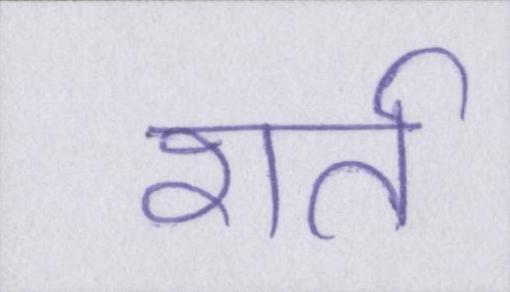
शर्त